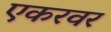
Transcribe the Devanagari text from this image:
एकरवर